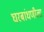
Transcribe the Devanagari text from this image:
घरबांधणीला